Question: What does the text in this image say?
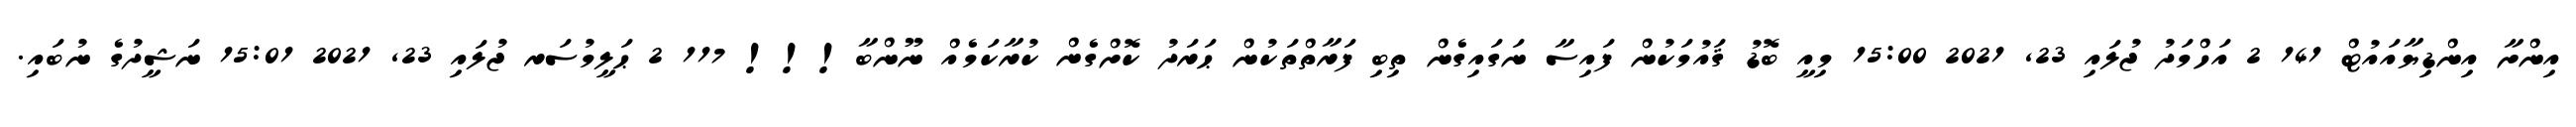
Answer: އިންށާ އިންޑިޔާއައުޓް 141 2 އަހްމަދު ޖުލައި 23, 2021 15:00 މިއީ ބޮޑު ޤައުމަކުން ފައިސާ ނަގައިގެން ތިބި ފަރާތްތަކުން ޙަރަދު ކޮށްގެން ކުރާކަމެއް ނޫންބާ!!! 117 2 ޙަލީމުސަރ ޖުލައި 23, 2021 15:01 ނަޝީދުގެ ނުބައި.